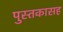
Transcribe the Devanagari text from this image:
पुस्तकासह